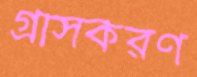
গ্রাসকরণ